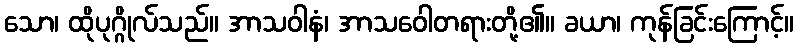
သော၊ ထိုပုဂ္ဂိုလ်သည်။ အာသဝါနံ၊ အာသဝေါတရားတို့၏။ ခယာ၊ ကုန်ခြင်းကြောင့်။